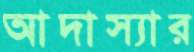
আদাস্যার